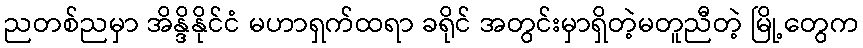
ညတစ်ညမှာ အိန္ဒိနိုင်ငံ မဟာရှက်ထရာ ခရိုင် အတွင်းမှာရှိတဲ့မတူညီတဲ့ မြို့တွေက